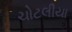
ચોટલીયા